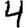
Digit: 4